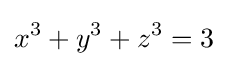
x^{3}+y^{3}+z^{3}=3